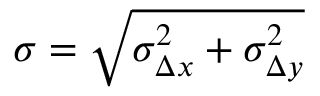
\sigma = \sqrt { \sigma _ { \Delta x } ^ { 2 } + \sigma _ { \Delta y } ^ { 2 } }